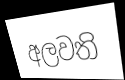
අලවති